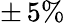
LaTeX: \pm\, 5\%